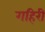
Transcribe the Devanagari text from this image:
गहिरी